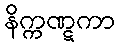
နိက္ကဏ္ဋကာ